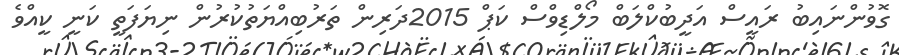
ގޮވުންނައިބު ރައީސް އަދީބުކްލަބް މޯލްޑިވްސް ކަޕް 2015ދަރިން ތަރުބިއްޔަތުކުރުން ނިޔަފަތީ ކަނީ ކީއްވެ